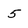
Character: 5